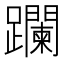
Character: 躝